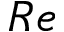
R e